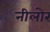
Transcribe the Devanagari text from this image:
नीलोर